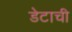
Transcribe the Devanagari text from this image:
डेटाची